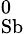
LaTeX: ^{0}_{\textrm{Sb}}